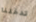
تدخلنا